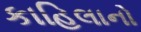
કાહિલાનો